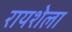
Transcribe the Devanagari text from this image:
रायशेला